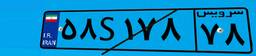
۳۱S۸۳۰۲۹